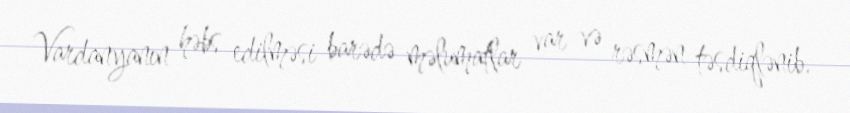
Vardanyanın həbs edilməsi barədə məlumatlar var və rəsmən təsdiqlənib.